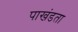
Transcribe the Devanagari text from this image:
पाखंडता